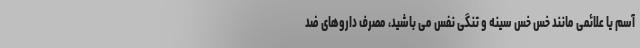
آسم یا علائمی مانند خس خس سینه و تنگی نفس می باشید، مصرف داروهای ضد